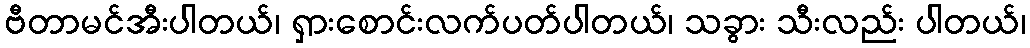
ဗီတာမင်အီးပါတယ်၊ ရှားစောင်းလက်ပတ်ပါတယ်၊ သခွား သီးလည်း ပါတယ်၊